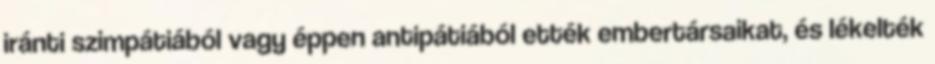
iránti szimpátiából vagy éppen antipátiából ették embertársaikat, és lékelték